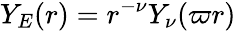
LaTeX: Y_{E}(r)=r^{-\nu}Y_{\nu}(\varpi r)